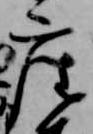
座